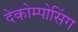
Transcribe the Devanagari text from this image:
देकोम्पोसिंग